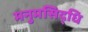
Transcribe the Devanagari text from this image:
मनुमसिद्धि